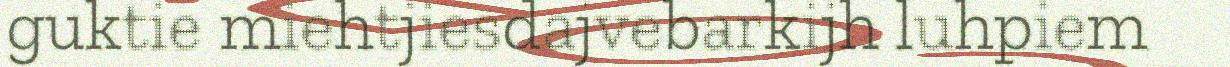
guktie miehtjiesdajvebarkijh luhpiem